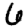
Digit: 6